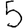
Digit: 5